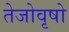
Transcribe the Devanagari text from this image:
तेजोवृषो